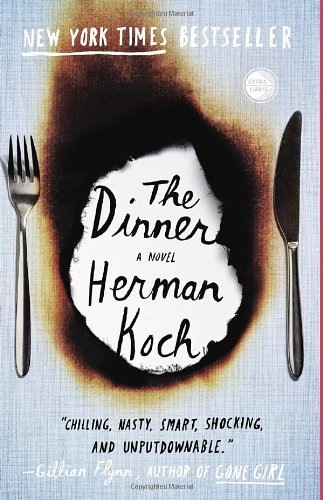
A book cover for The Dinner; Herman Koch; Mystery, Thriller & Suspense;